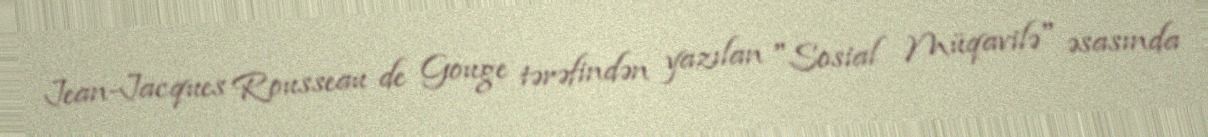
Jean-Jacques Rousseau de Gouge tərəfindən yazılan "Sosial Müqavilə" əsasında